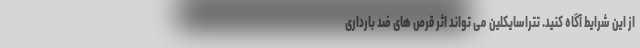
از این شرایط آگاه کنید. تتراسایکلین می تواند اثر قرص های ضد بارداری